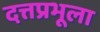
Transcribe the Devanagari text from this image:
दत्तप्रभूला